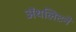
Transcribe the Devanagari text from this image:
ॲथलिटने